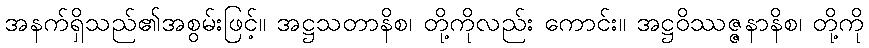
အနက်ရှိသည်၏အစွမ်းဖြင့်။ အဋ္ဌသတာနိစ၊ တို့ကိုလည်း ကောင်း။ အဋ္ဌဝိဿဇ္ဇနာနိစ၊ တို့ကို